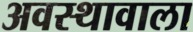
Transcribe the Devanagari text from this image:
अवस्थावाला